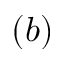
( b )